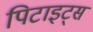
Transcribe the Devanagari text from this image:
पिटाइट्स